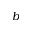
b